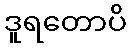
ဒူရတောပိ